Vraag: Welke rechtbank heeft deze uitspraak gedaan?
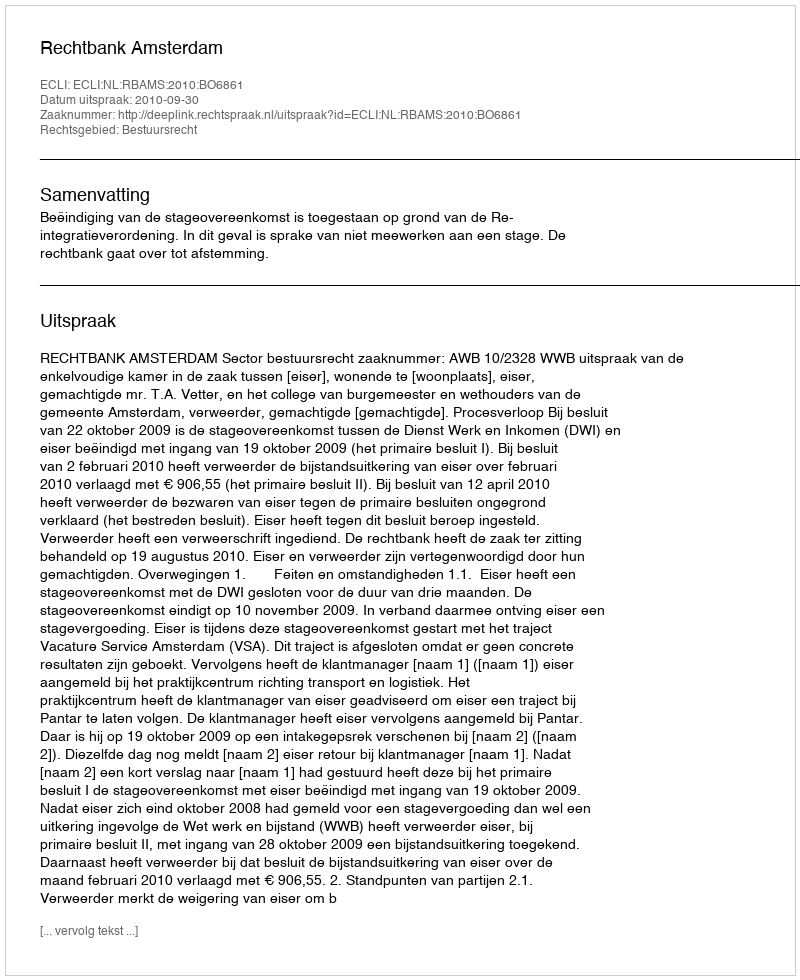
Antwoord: Rechtbank Amsterdam